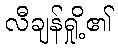
လီချန်ရှို့၏